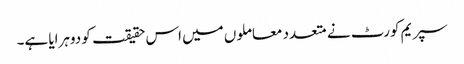
سپریم کورٹ نے متعدد معاملوں میں اس حقیقت کو دوہرایا ہے۔